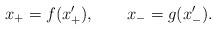
LaTeX: \begin{align*}x_+=f(x^{\prime}_+),\ \ \ \ \ \ x_-=g(x^{\prime}_-).\end{align*}